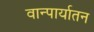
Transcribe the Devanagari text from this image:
वान्पार्यातन